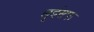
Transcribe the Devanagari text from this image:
लुईसफ